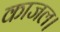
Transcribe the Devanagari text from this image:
काजल।